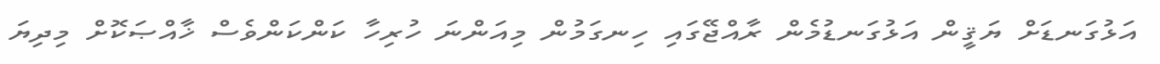
އަޅުގަނޑަށް ޔަޤީން އަޅުގަނޑުމެން ރާއްޖޭގައި ހިނގަމުން މިއަންނަ ހުރިހާ ކަންކަންވެސް ޚާއްޞަކޮށް މިދިޔަ